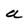
Character: a